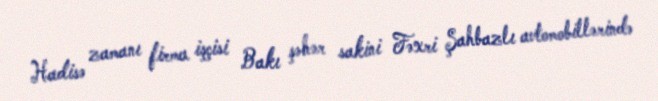
Hadisə zamanı firma işçisi Bakı şəhər sakini Fəxri Şahbazlı avtomobillərində